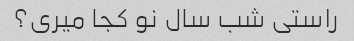
راستی شب سال نو کجا میری؟